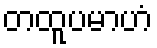
တထူပမာဟံ